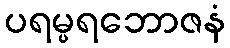
ပရမ္ပရဘောဇနံ